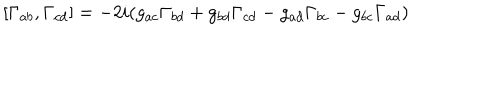
[ \Gamma _ { a b } , \Gamma _ { c d } ] = - 2 i ( g _ { a c } \Gamma _ { b d } + g _ { b d } \Gamma _ { c d } - g _ { a d } \Gamma _ { b c } - g _ { b c } \Gamma _ { a d } )